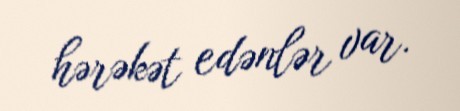
hərəkət edənlər var.